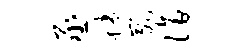
丞蜷崴诣